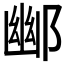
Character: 𮠀